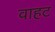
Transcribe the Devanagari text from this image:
वाहट